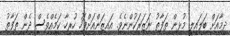
ދިމާއަށް ބަލައިލީ މުޅިން ތަފާތު ނަޒަރަކުންނެވެ. އައިޒަންއަށްފަހު ހުރިހާ ކަމެއްވެސް ދެން ތަފާތު